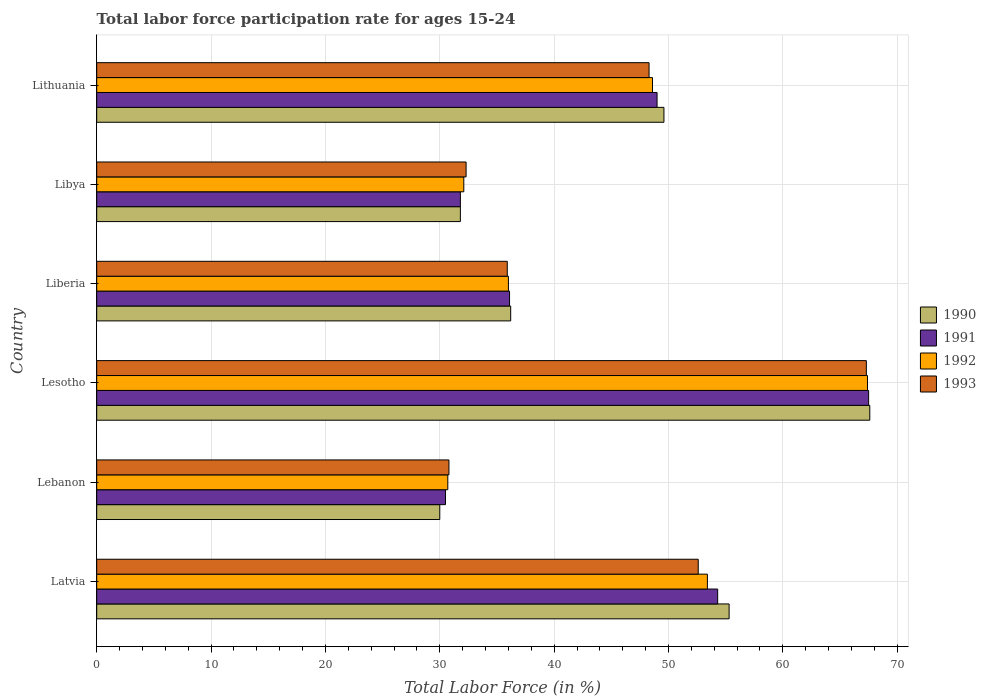
| Country | 1990 | 1991 | 1992 | 1993 |
 | --- | --- | --- | --- | --- |
 | Latvia | 55.3 | 54.3 | 53.4 | 52.6 |
 | Lebanon | 30 | 30.5 | 30.7 | 30.8 |
 | Lesotho | 67.6 | 67.5 | 67.4 | 67.3 |
 | Liberia | 36.2 | 36.1 | 36 | 35.9 |
 | Libya | 31.8 | 31.8 | 32.1 | 32.3 |
 | Lithuania | 49.6 | 49 | 48.6 | 48.3 |